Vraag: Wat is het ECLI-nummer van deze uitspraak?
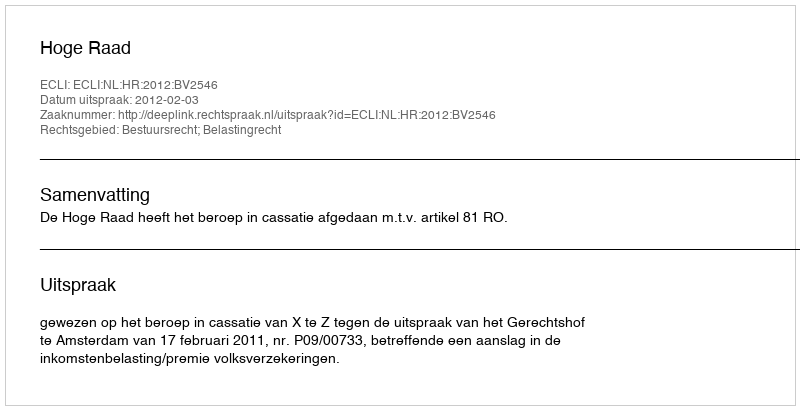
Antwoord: ECLI:NL:HR:2012:BV2546